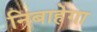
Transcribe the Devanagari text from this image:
निबाहेगा